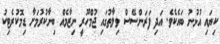
ކިޔައި އުޅުނު ބައެކެވެ. އަދި ފަރަންސޭސް ވިލާތުގައި ޖުމްހޫރީ ނިޒާމެއް ބިނާކުރުމަށާ ޑިމޮކުރެޓިކު